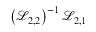
\left( \mathcal { L } _ { 2 , 2 } \right) ^ { - 1 } \mathcal { L } _ { 2 , 1 }